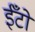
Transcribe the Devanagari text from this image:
ईँटो